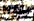
جوليو